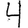
Digit: 4